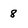
Character: 8